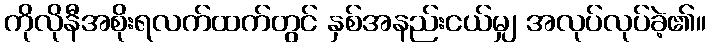
ကိုလိုနီအစိုးရလက်ထက်တွင် နှစ်အနည်းငယ်မျှ အလုပ်လုပ်ခဲ့၏။